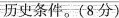
历史条件。(8分)